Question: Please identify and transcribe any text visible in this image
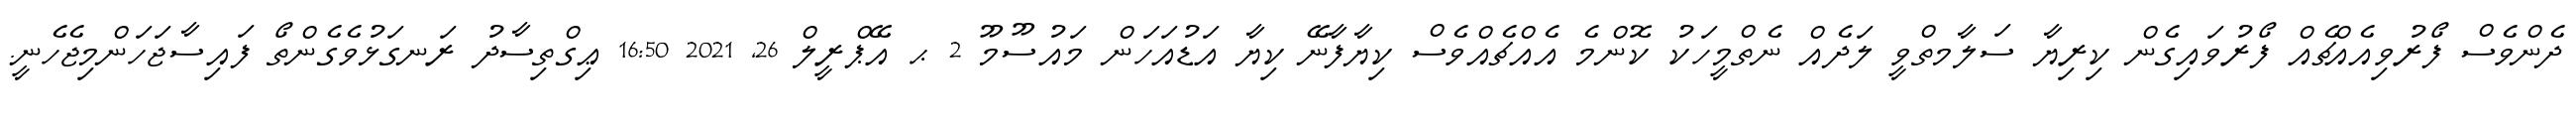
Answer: ދެންވެސް ފޯރުވިއެއްޗެއް ފޯރުވައިގެން ކިރިޔާ ސަލާމތްވީ ލަދެއް ނެތްމީހަކު ކޮންމެ އެއްޗެއްވެސް ކިޔާފާނޭ ކިޔާ އަޑުއަހަން މައުސޫމޫ 2 ޙ އޭޕްރީލް 26, 2021 16:50 ޢިގްތިސާދު ރަނގަޅުވެގެންތޯ ފައިސާޖަހަންމިޖެހެނީ.